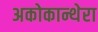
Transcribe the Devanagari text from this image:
अकोकान्थेरा